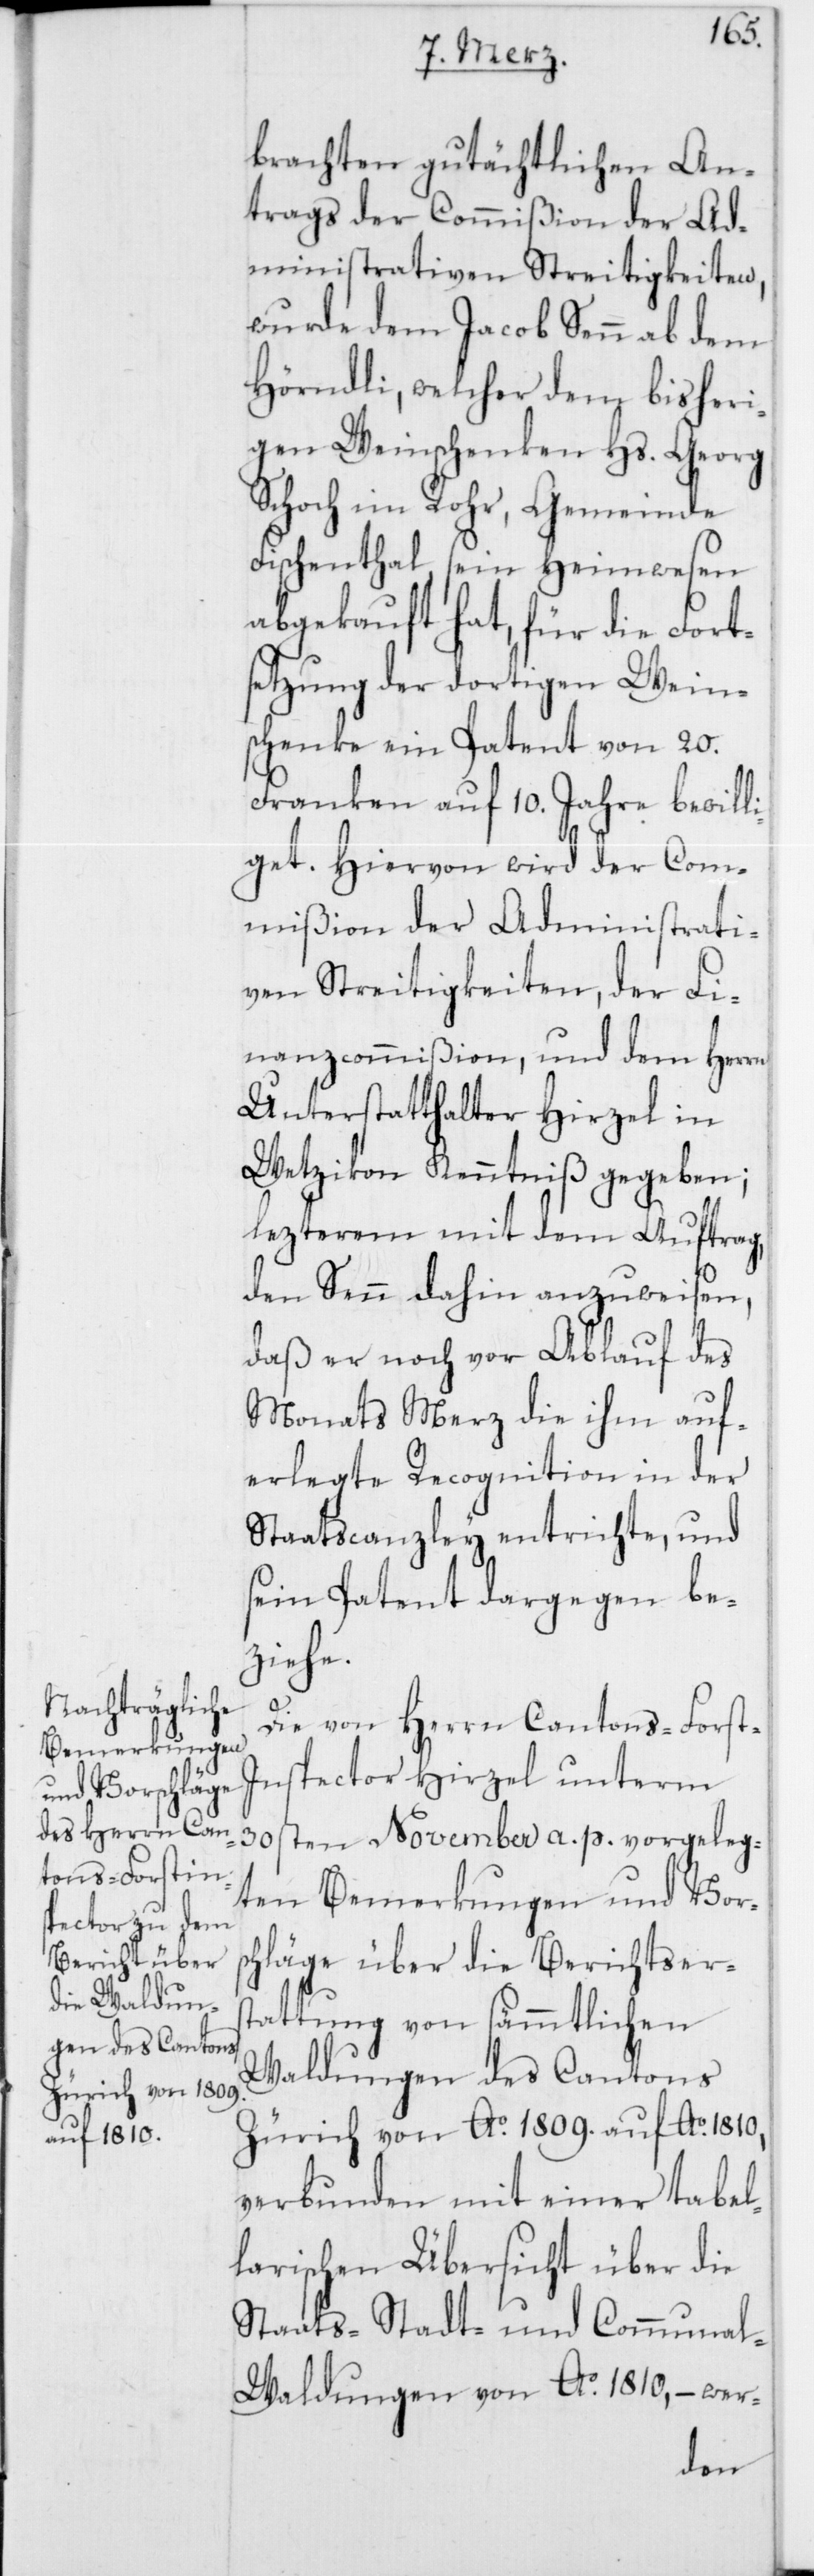
brachten gutächtlichen An¬
trags der Commißion der Ad¬
ministrativen Streitigkeiten,
wurde dem Jacob Senn ab dem
Hörndli, welcher dem bisheri¬
gen Weinschenken Hs. Georg
Schoch im Rohr, Gemeinde
Fischenthal sein Heimwesen
abgekauft hat, für die Fort¬
setzung der dortigen Wein¬
schenke ein Patent von 20.
Franken auf 10. Jahre bewilli¬
get. Hiervon wird der Com¬
mißion der Administrati¬
ven Streitigkeiten, der Fi¬
nanzcommißion und dem Herrn
Unterstatthalter Hirzel in
Wetzikon Kenntniß gegeben;
lezterem mit dem Auftrag,
den Senn dahin anzuweisen,
daß er noch vor Ablauf des
Monats Merz die ihm auf¬
erlegte Recognition in der
Staatscanzley entrichte, und
sein Patent dargegen be¬
ziehe.
Die von Herrn Cantons-Fors¬
t-Inspector Hirzel unterm
390sten November a. p. vorgeleg¬
ten Bemerkungen und Vors¬
chläge über die Berichtsers¬
tattung von sämmtlichen
Waldungen des Cantons
Zürich von Ao. 1809. auf Ao. 1810,
verbunden mit einer tabel¬
larischen Übersicht über die
Staats-[,] Stadt- und Communa¬
l-Waldungen von Ao. 1810., – wer-